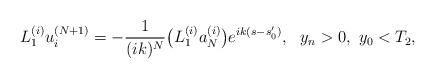
LaTeX: \begin{align*}L_1^{(i)}u_i^{(N+1)}=-\frac{1}{(ik)^N}\big(L_1^{(i)}a_N^{(i)}\big)e^{ik(s-s_0')},\ \ y_n>0,\ y_0<T_2,\end{align*}